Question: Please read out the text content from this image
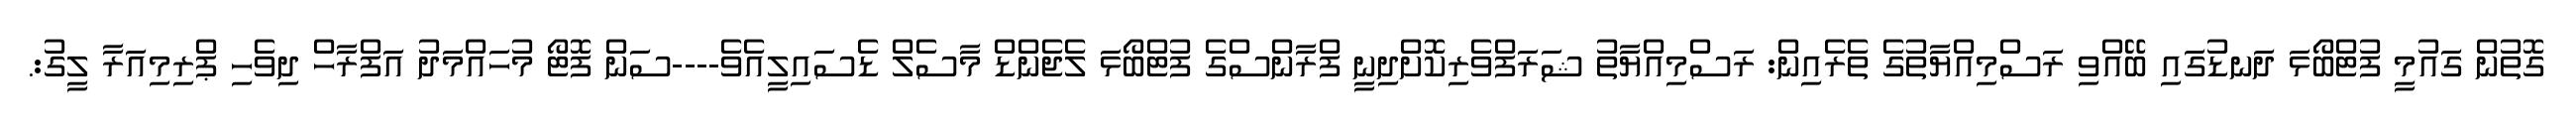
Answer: ގޮތުން ގައުމީ ފުޓްބޯޅަ ދަނޑުގައި ބޭއްވި ރަސްމިއްޔާތުގެ ތެރެއިން: ރަސްމިއްޔާތު ޝަރަފްވެރިކޮށްދިނީ ފްރާންސްގެ ފުޓްބޯޅަ ލެޖެންޑް މާސެލް ޑެސައިލީއެވެ----ސަން ފޮޓޯ މުހައްމަދު އަފްރާހް ދިވެހި ޕްރިމިއަރާ ލީގު:.